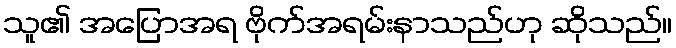
သူ၏ အပြောအရ ဗိုက်အရမ်းနာသည်ဟု ဆိုသည်။